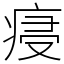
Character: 㾛